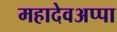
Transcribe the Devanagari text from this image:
महादेवअप्पा